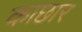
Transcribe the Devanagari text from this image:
काछार